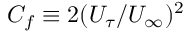
C _ { f } \equiv 2 ( U _ { \tau } / U _ { \infty } ) ^ { 2 }